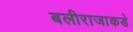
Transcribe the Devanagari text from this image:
बलीराजाकडे